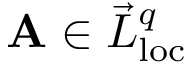
\mathbf { A } \in \vec { L } _ { \mathrm { l o c } } ^ { q }